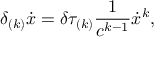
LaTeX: \delta _ { ( k ) } \dot { x } = \delta \tau _ { ( k ) } \frac { 1 } { c ^ { k - 1 } } \dot { x } ^ { k } ,